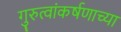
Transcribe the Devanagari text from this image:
गुरुत्वांकर्षणाच्या